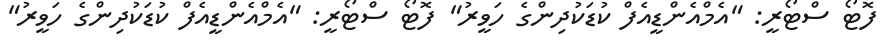
ފޮޓޯ ސްޓޯރީ: "އެމްއެންޑީއެފް ކުޑަކުދިންގެ ހަވީރު" ފޮޓޯ ސްޓޯރީ: "އެމްއެންޑީއެފް ކުޑަކުދިންގެ ހަވީރު"